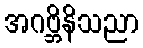
အဂဗ္ဘိနိသညာ